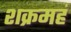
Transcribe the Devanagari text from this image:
शक्रमहं